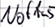
Text: NotAus